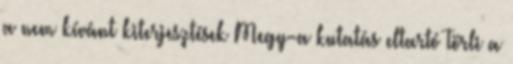
a nem kívánt kiterjesztések Megy-a kutatás eltartó Törli a